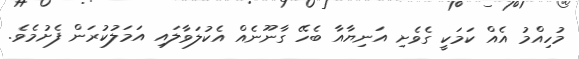
މުހިއްމު އެއް ކަމަކީ ގެވެށި އަނިޔާއާ ބެހޭ ގާނޫނެއް އެކުލަވާލައި އަމަލުކުރަން ފެށުމެވެ.